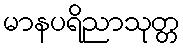
မာနပရိညာသုတ္တ